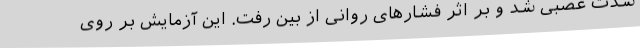
شدت عصبی شد و بر اثر فشارهای روانی از بین رفت. این آزمایش بر روی